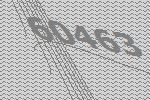
60463